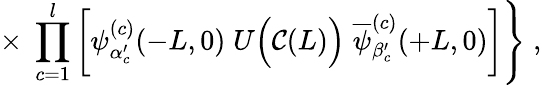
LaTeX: \times\; \prod_{c=1}^{l}\left[\psi_{\alpha_{c}^{\prime}}^{(c)}(-L,0)\; U\Big({\cal\mathcal{C}}(L)\Big)\; \overline{{{{\psi}}}}_{\beta_{c}^{\prime}}^{(c)}(+L,0)\right]\Bigg\} \; ,